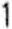
1